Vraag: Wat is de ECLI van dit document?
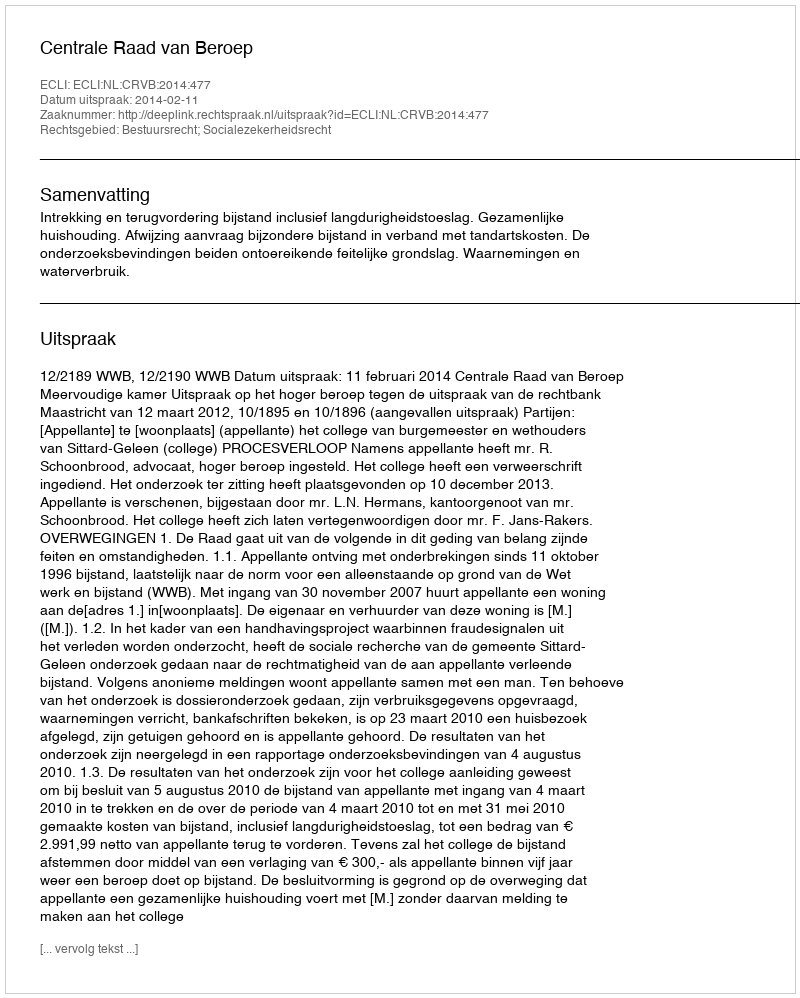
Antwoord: ECLI:NL:CRVB:2014:477